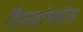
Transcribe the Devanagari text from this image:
दिवसांमधील